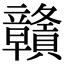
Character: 贛